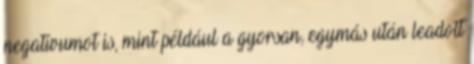
negatívumot is, mint például a gyorsan, egymás után leadott